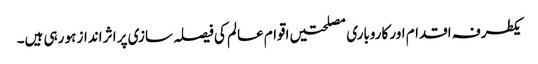
یکطرفہ اقدام اور کاروباری مصلحتیں اقوام عالم کی فیصلہ سازی پر اثر انداز ہو رہی ہیں۔